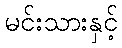
မင်းသားနှင့်